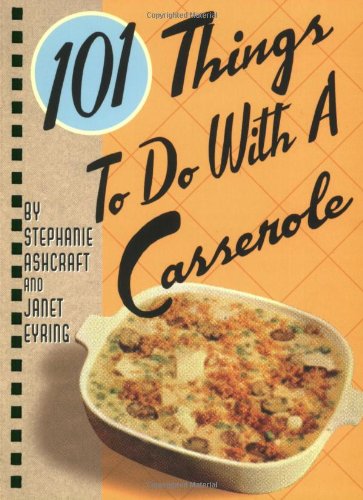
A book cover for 101 Things to Do with a Casserole; Stephanie Ashcraft; Cookbooks, Food & Wine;